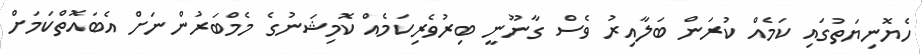
ހެޔޮނިޔަތުގައި ކަމެއް ކުރަން ބަލާއިރު ވެސް ގާނޫނީ ބިރުވެރިކަމެއް ކޮމިޝަނުގެ މެމްބަރުންނަށް އެބައޮތްކަމަށް